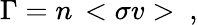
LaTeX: \Gamma=n\, <\sigma v>\ ,